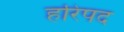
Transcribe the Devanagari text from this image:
हरिपद